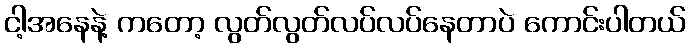
ငါ့အနေနဲ့ ကတော့ လွတ်လွတ်လပ်လပ်နေတာပဲ ကောင်းပါတယ်